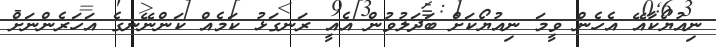
ނިއުޔޯކާއޭ އެހެން ވީމަ ނިއުޔޯކަށް ބަދަލުވުން އެއީ ރަނގަޅު ކަމެއް ކަންނޭނގެ އަހަރެންނަށް